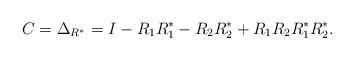
LaTeX: \begin{align*} C =\Delta_{R^*}= I - R_1 R_1^* - R_2 R_2^* + R_1 R_2R_1^* R_2^*. \end{align*}